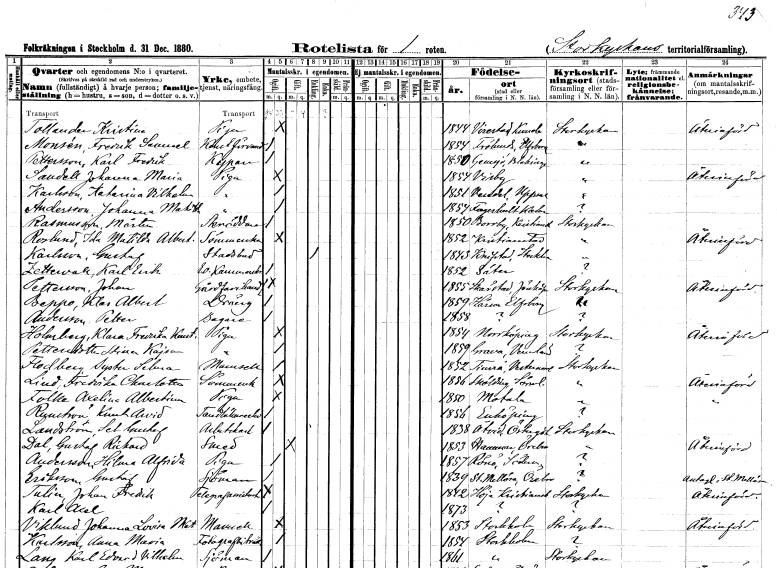
gt_parse: households: individuals: FN: Kristina
EN: Tollander
YRKE: Piga
KON: K
CIV: O
FODAR: 1844
FODFORS: Virestad Kronobergs län
FN: Fredrik Samuel
EN: Monsén
YRKE: Konstförvandt
KON: M
CIV: O
FODAR: 1854
FODFORS: Frölunda Älvsborgs län
FN: Karl Fredrik
EN: Pettersson
YRKE: Kypare
KON: M
CIV: O
FODAR: 1850
FODFORS: Jämjö Blekinge län
FN: Johanna Maria
EN: Sandell
YRKE: Piga
KON: K
CIV: O
FODAR: 1854
FODFORS: Visby Gotlands län
FN: Katarina Vilhelmina
EN: Karlsson
YRKE: Piga
KON: K
CIV: O
FODAR: 1851
FODFORS: Vendel Uppsala län
FN: Johanna Mathilda
EN: Andersson
YRKE: Piga
KON: K
CIV: O
FODAR: 1854
FODFORS: Fagerhult Kalmar län
FN: Mårten
EN: Rasmusson
YRKE: Skräddare
KON: M
CIV: O
FODAR: 1850
FODFORS: Borrby Kristianstads län
FN: Matilda Albertina
EN: Roslund
YRKE: Sömmerska
KON: K
CIV: O
FODAR: 1852
FODFORS: Kristianstad Kristianstads län
FN: Gustaf
EN: Karlsson
YRKE: Stadsbud
KON: M
CIV: E
FODAR: 1843
FODFORS: Knivsta Uppsala län
FN: Karl Erik
EN: Zettervall
YRKE: Kammarskrivare e. o.
KON: M
CIV: O
FODAR: 1852
FODFORS: Säter Kopparbergs län
FN: Johan
EN: Pettersson
YRKE: Gårdfarihandlare
KON: M
CIV: O
FODAR: 1855
FODFORS: Skärstad Jönköpings län
FN: Klas Albert
EN: Beppo
YRKE: Dräng
KON: M
CIV: O
FODAR: 1859
FODFORS: Härna Älvsborgs län
FN: Petter
EN: Andersson
YRKE: Bagare
KON: M
CIV: O
FODAR: 1858
FN: Klara Fredrika Konstantia
EN: Holmberg
YRKE: Piga
KON: K
CIV: O
FODAR: 1854
FODFORS: Norrköping Östergötlands län
FN: Stina Kajsa
EN: Pettersdotter
YRKE: Piga
KON: K
CIV: O
FODAR: 1859
FODFORS: Grava Värmlands län
FN: Syster Selma
EN: Flodberg
KON: K
CIV: O
FODAR: 1852
FODFORS: Timrå Västernorrlands län
FN: Fredrika Charlotta
EN: Lind
YRKE: Sömmerska
KON: K
CIV: O
FODAR: 1856
FODFORS: Sköldinge Södermanlands län
FN: Axelina Albertina
EN: Folke
YRKE: Piga
KON: K
CIV: O
FODAR: 1850
FODFORS: Motala Östergötlands län
FN: Knut Arvid
EN: Runström
YRKE: Tandläkareelev
KON: M
CIV: O
FODAR: 1856
FODFORS: Enköping Uppsala län
FN: Set Gustaf
EN: Landström
YRKE: Arbetskarl
KON: M
CIV: O
FODAR: 1838
FODFORS: Åtvid Östergötlands län
FN: Gustaf Rickard
EN: Dal
YRKE: Smed
KON: M
CIV: G
FODAR: 1853
FODFORS: Hammar Örebro län
FN: Hilma Alfrida
EN: Andersson
YRKE: Piga
KON: K
CIV: O
FODAR: 1857
FODFORS: Rönö Östergötlands län
FN: Gustaf
EN: Eriksson
YRKE: Sjöman
KON: M
CIV: O
FODAR: 1839
FODFORS: Stora Mellösa Örebro län
FN: Johan Fredrik
EN: Tulin
YRKE: Telegrafassistent
KON: M
CIV: O
FODAR: 1842
FODFORS: Höja Kristianstads län
FN: Karl Axel
KON: M
CIV: O
FODAR: 1873